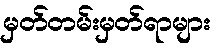
မှတ်တမ်းမှတ်ရာများ